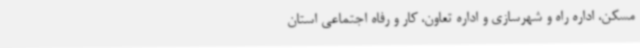
مسکن، اداره راه و شهرسازی و اداره تعاون، کار و رفاه اجتماعی استان